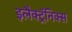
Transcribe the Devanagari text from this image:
इलैक्ट्रॅनिक्स